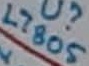
Text: L7805